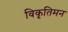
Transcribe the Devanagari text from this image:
विकृतिमन